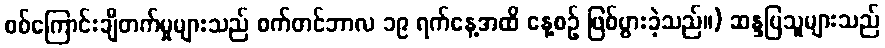
စစ်ကြောင်းချီတက်မှုများသည် စက်တင်ဘာလ ၁၉ ရက်နေ့အထိ နေ့စဉ် ဖြစ်ပွားခဲ့သည်။) ဆန္ဒပြသူများသည်